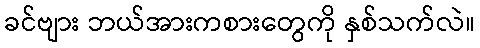
ခင်ဗျား ဘယ်အားကစားတွေကို နှစ်သက်လဲ။